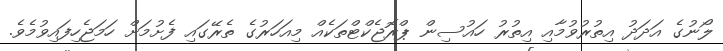
ލޯނުގެ އަދަދު އިތުރުވުމާއި އިތުރު ހައުސިން ޕްރޮޖެކްޓްތަކެއް މިއަހަރުގެ ތެރޭގައި ފެށުމަށް ހަމަޖެހިފައިވުމެވެ.